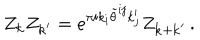
LaTeX: Z _ { { \bf k } } Z _ { { \bf k } ^ { \prime } } = e ^ { \pi i k _ { i } \tilde { \theta } ^ { i j } k _ { j } ^ { \prime } } Z _ { { \bf k } + { \bf k } ^ { \prime } } \, .